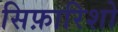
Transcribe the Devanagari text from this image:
सिफ़ारिशो